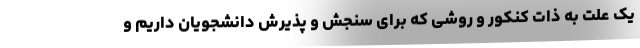
یک علت به ذات کنکور و روشی که برای سنجش و پذیرش دانشجویان داریم و